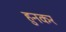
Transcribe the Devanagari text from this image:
हुनकर